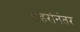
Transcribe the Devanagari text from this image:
शहरांनंतर